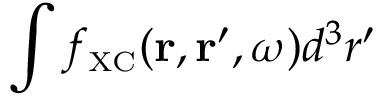
\int f _ { \scriptscriptstyle \mathrm { X C } } ( { \bf r } , { \bf r } ^ { \prime } , \omega ) d ^ { 3 } r ^ { \prime }